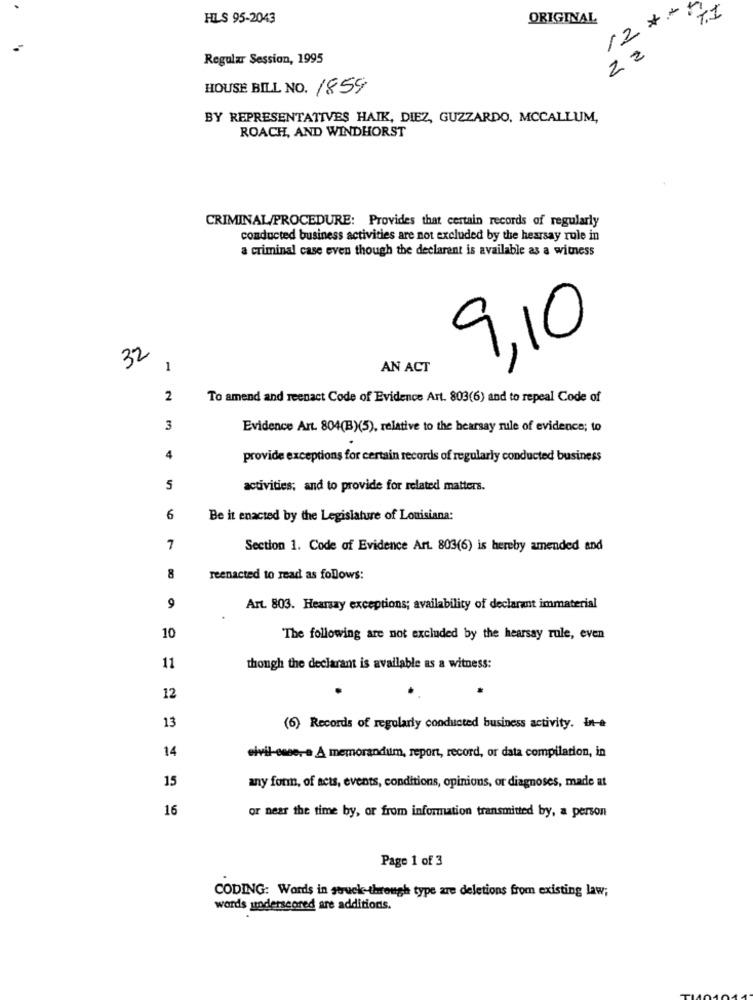
HILS 95-2043
ORIGINAL
12:
22
Regular Session, 1995
HOUSE BILL NO. 1859
BY REPRESENTATIVES HAIK, DIEZ, GUZZARDO, MCCALLUM,
ROACH, AND WINDHORST
CRIMINAL/PROCEDURE: Provides that certain records of regularly
conducted business activities are not excluded by the hearsay rule in
a criminal case even though the declarent is available as a witness
9,10
32
1
AN ACT
2
To amend and reenact Code of Evidence Art. 803(6) and to repeal Code of
3
Evidence Art. 804(B)(5), relative to the hearsay rule of evidence; to
4
provide exceptions for certain records of regularly conducted business
5
activities; and to provide for related matters.
6
Be it enacted by the Legislature of Louisiana:
7
Section 1. Code of Evidence Art. 803(6) is hereby amended and
8
reenacted to read as follows:
9
Art. 803. Hearsay exceptions; availability of declarant immaterial
10
The following are not excluded by the hearsay rule, even
11
though the declarant is available as a witness:
12
13
(6) Records of regularly conducted business activity. in-e
14
eivil-emne, a A memorandum, report, record, or data compilation, in
15
any form, of acts, events, conditions, opinions, or diagnoses, made at
16
or near the time by, or from information transmitted by, a person
Page 1 of 3
CODING: Words in stuck-through type are deletions from existing law;
words underscored are additions.